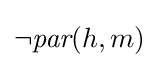
\lnot {\textit {par}}(h,m)